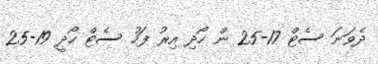
ދެވަނަ ސެޓް 17-25 ން ހޯދި އިރު ފަހު ސެޓް ހޯދީ 19-25